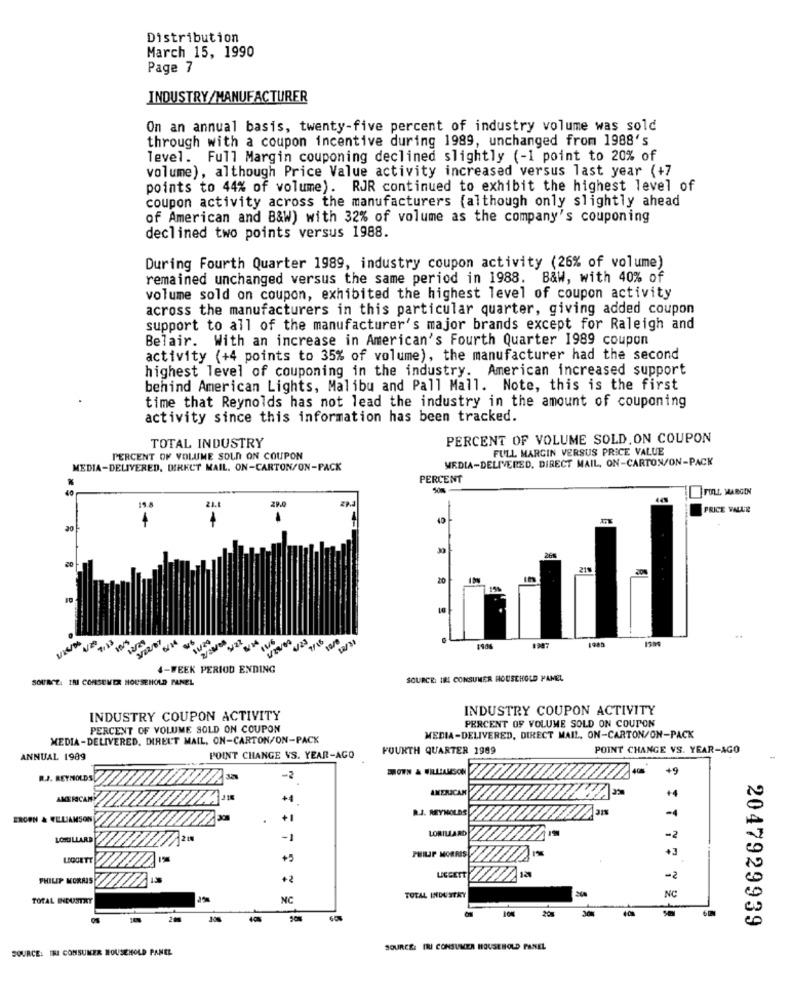
Distribution
March 15, 1990
Page 7
INDUSTRY/MANUFACTURER
On an annual basis, twenty-five percent of industry volume was sold
through with a coupon incentive during 1989, unchanged from 1988's
level. Full Margin couponing declined slightly (-1 point to 20% of
volume), although Price Value activity increased versus last year (+7
points to 44% of volume). RJR continued to exhibit the highest level of
coupon activity across the manufacturers (although only slightly ahead
of American and B&W) with 32% of volume as the company's couponing
declined two points versus 1988.
During Fourth Quarter 1989, industry coupon activity (26% of volume)
remained unchanged versus the same period in 1988. B&W, with 40% of
volume sold on coupon, exhibited the highest level of coupon activity
across the manufacturers in this particular quarter, giving added coupon
support to all of the manufacturer's major brands except for Raleigh and
Belair. With an increase in American's Fourth Quarter 1989 coupon
activity (+4 points to 35% of volume), the manufacturer had the second
highest level of couponing in the industry. American increased support
behind American Lights, Malibu and Pall Mall. Note, this is the first
time that Reynolds has not lead the industry in the amount of couponing
activity since this information has been tracked.
PERCENT OF VOLUME SOLD, ON COUPON
TOTAL INDUSTRY
FULL MARGIN VERSUS PRICE VALUE
PERCENT OF VOLUME SOLD ON COUPON
MEDIA-DELIVERED, DIRECT MAIL, ON-CARTON/ON-PACK
MEDIA-DELIVERED, DIRECT MAIL, ON-CARTON/ON-PACK
PERCENT
FULL MARGIN
29.0
PRICE VALLE
4
20
21%
7:23
2/24/08
7/16
4-WEEK PERIOD ENDING
SOURCE: IRI CONSUMER HOUSEHOLD PANEL
SOURCE: IRI CONSUMER HOUSEHOLD PAMEL
INDUSTRY COUPON ACTIVITY
INDUSTRY COUPON ACTIVITY
PERCENT OF VOLUME SOLD ON COUPON
PERCENT OF VOLUME SOLD ON COUPON
MEDIA -DELIVERED, DIRECT MAIL. ON-CARTON/ON-PACK
MEDIA-DELIVERED, DIRECT MAIL, ON-CARTON/ON-PACK
FOURTH QUARTER 1989
POINT CHANGE VS. YEAR-AGO
ANNUAL 1989
POINT CHANGE VS. YEAR-AGO
SHOWN & WILLIAMSON
+9
R.J. REYNOLDS
-2
AMERICAN
+4
AMERICAN
1218
+4
R.J. REYNOLDS
-
EROON & FELJAMSON
.
+1
LORILLARD
LOHUILLARD
-1
-2
PHILIP MORRIS
+3
LEGGETT
+
PHILIP MORRIS
+2
LIEGETT
-2
TOTAL INDUSTRY
NC
TOTAL INDUSTRY
NC
20
2047929939
SOURCE: IRI CONSUMER HOUSEHOLD PANEL
SOURCE: IN CONSUMER HOUSEHOLD PANEL